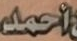
أحمد